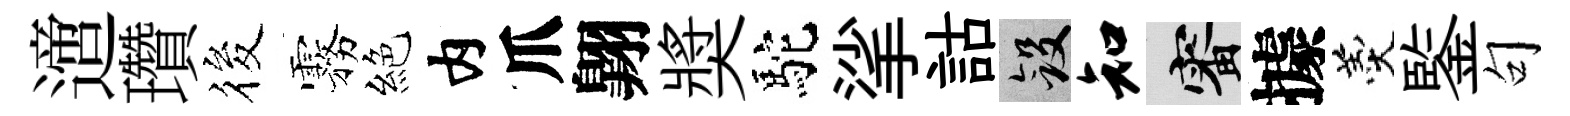
𨗁瓚筱霧絕内爪翺奬駝挲詁斂知審據羹鍳句